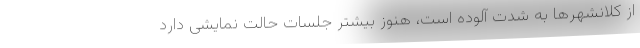
از کلانشهر‌ها به شدت آلوده است، هنوز بیشتر جلسات حالت نمایشی دارد